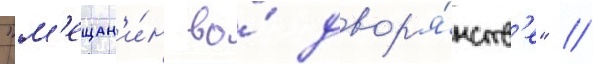
"м'ещан'и́н во́ двор'я́нств'е" /